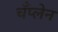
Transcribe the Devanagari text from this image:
चँप्लेन